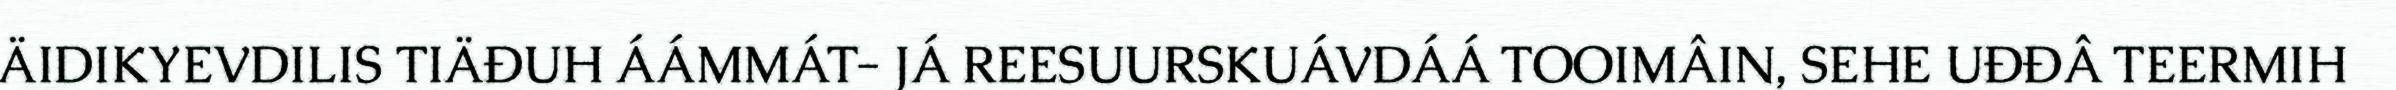
ÄIDIKYEVDILIS TIÄĐUH ÁÁMMÁT- JÁ REESUURSKUÁVDÁÁ TOOIMÂIN, SEHE UĐĐÂ TEERMIH